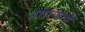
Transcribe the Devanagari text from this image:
नगरजनों